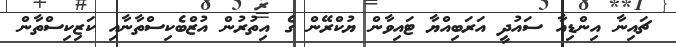
ޗައިނާ އިންޑިއާ ސައުދީ އަރަބިއްޔާ ޓައިވާން ޔުކްރޭން ގެ އިތުރުން އުޒްބެކިސްތާނާއި ކަޒިކިސްތާން